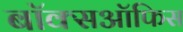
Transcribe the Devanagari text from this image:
बॉक्सऑफिस